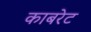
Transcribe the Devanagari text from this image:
काबरेट